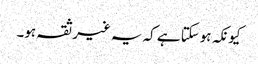
کیونکہ ہوسکتا ہے کہ یہ غیر ثقہ ہو۔